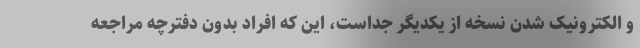
و الکترونیک شدن نسخه از یکدیگر جداست، این که افراد بدون دفترچه مراجعه